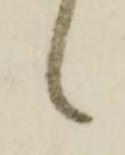
候